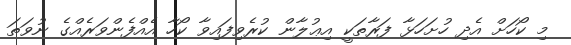
މި ކޯހަށް އެދި ހުށަހަޅާ ފަރާތަކީ އިޢުލާން ކުރެވިފައިވާ ކޯހާ އެއްފެންވަރެއްގެ ނުވަތަ